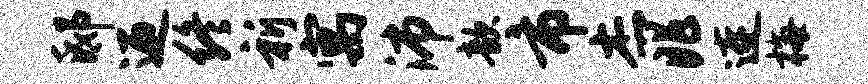
邸迎终祈寓沛歆市杰兆连梅